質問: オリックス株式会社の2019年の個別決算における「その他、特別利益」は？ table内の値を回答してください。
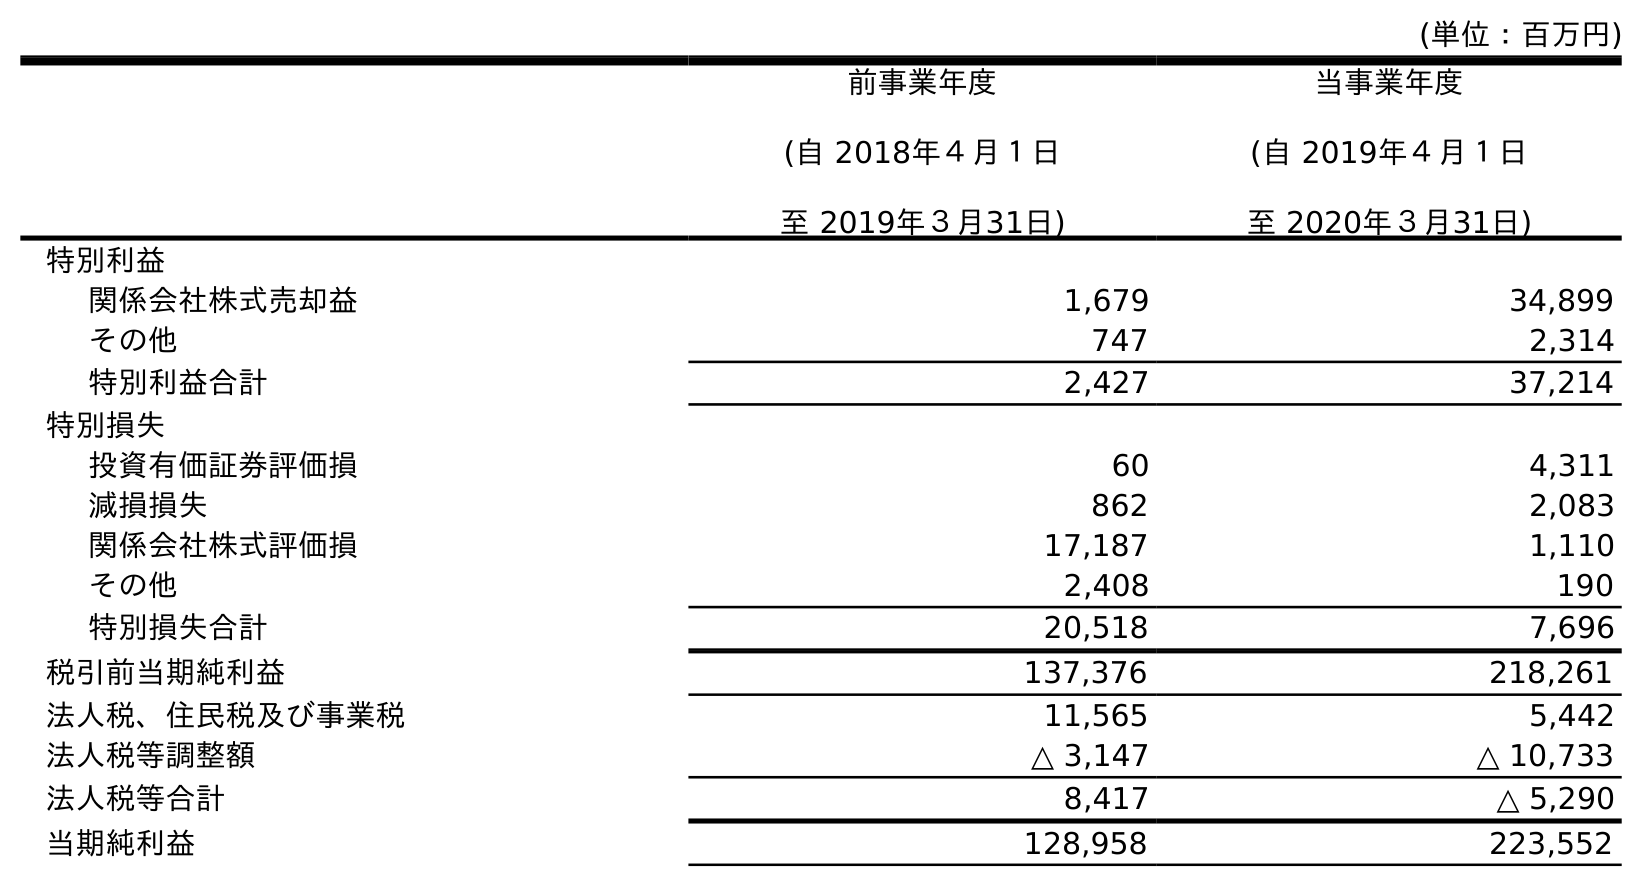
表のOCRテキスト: (単位：百万円) 前事業年度 (自 2018年４月１日 至 2019年３月31日) 当事業年度 (自 2019年４月１日 至 2020年３月31日) 特別利益 関係会社株式売却益 1,679 34,899 その他 747 2,314 特別利益合計 2,427 37,214 特別損失 投資有価証券評価損 60 4,311 減損損失 862 2,083 関係会社株式評価損 17,187 1,110 その他 2,408 190 特別損失合計 20,518 7,696 税引前当期純利益 137,376 218,261 法人税、住民税及び事業税 11,565 5,442 法人税等調整額 △ 3,147 △ 10,733 法人税等合計 8,417 △ 5,290 当期純利益 128,958 223,552
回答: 747